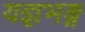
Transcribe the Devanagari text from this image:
यज्ञभङ्ग